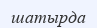
шатырда